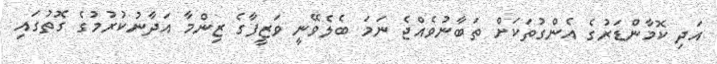
އަދި ކޮމާންޑަރުގެ އެންގުތަކަށް ތަބާނުވެއްޖެ ނަމަ ބެލެވޭނީ ވަޒީފާގެ ޒިންމާ އަދާނުކުރުމުގެ ގޮތުގައި